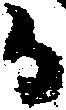
日